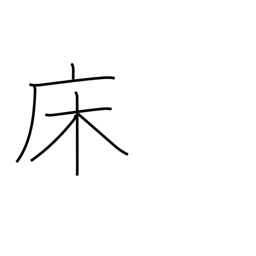
Meaning: bed